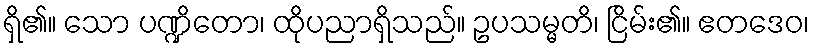
ရှိ၏။ သော ပဏ္ဍိတော၊ ထိုပညာရှိသည်။ ဥပသမ္မတိ၊ ငြိမ်း၏။ ဧတဒေဝ၊